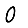
Digit: 0